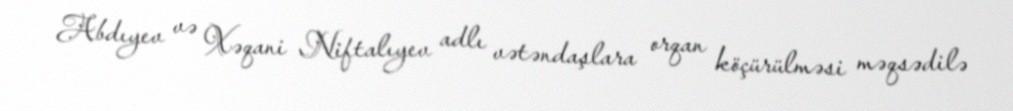
Abdıyev və Xəqani Niftalıyev adlı vətəndaşlara orqan köçürülməsi məqsədilə